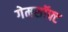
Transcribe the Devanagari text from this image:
गेमसॉफ्ट